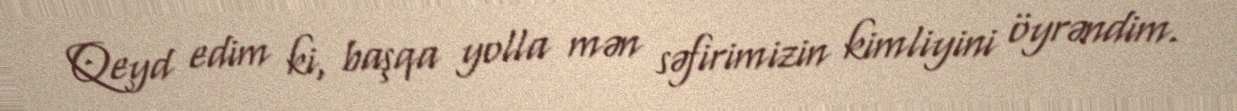
Qeyd edim ki, başqa yolla mən səfirimizin kimliyini öyrəndim.